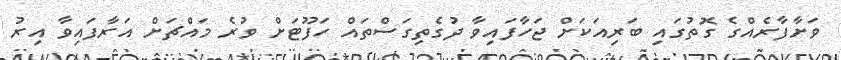
ވަށާފާރެއްގެ ގޮތުގައި ބަރިއަކަށް ޖަހާފައިވާ ދުގެތިގަސްތައް ހަފޫޓަށް ވުރެ މައްޗަށް އަރާފައިވާ އިރު